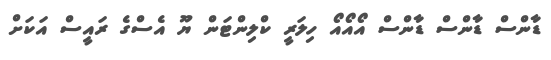
ޑާންްްސް ޑާންސް ޑާންސް އޯއޯއޯ ހިލަރީ ކްލިންޓަން ޔޫ އެސްގެ ރައީސް އަކަށް